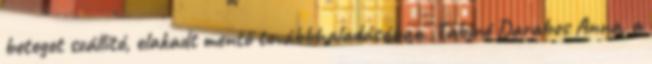
beteget szállító, elakadt mentő továbbhaladásában. Tabiné Darabos Anna, a